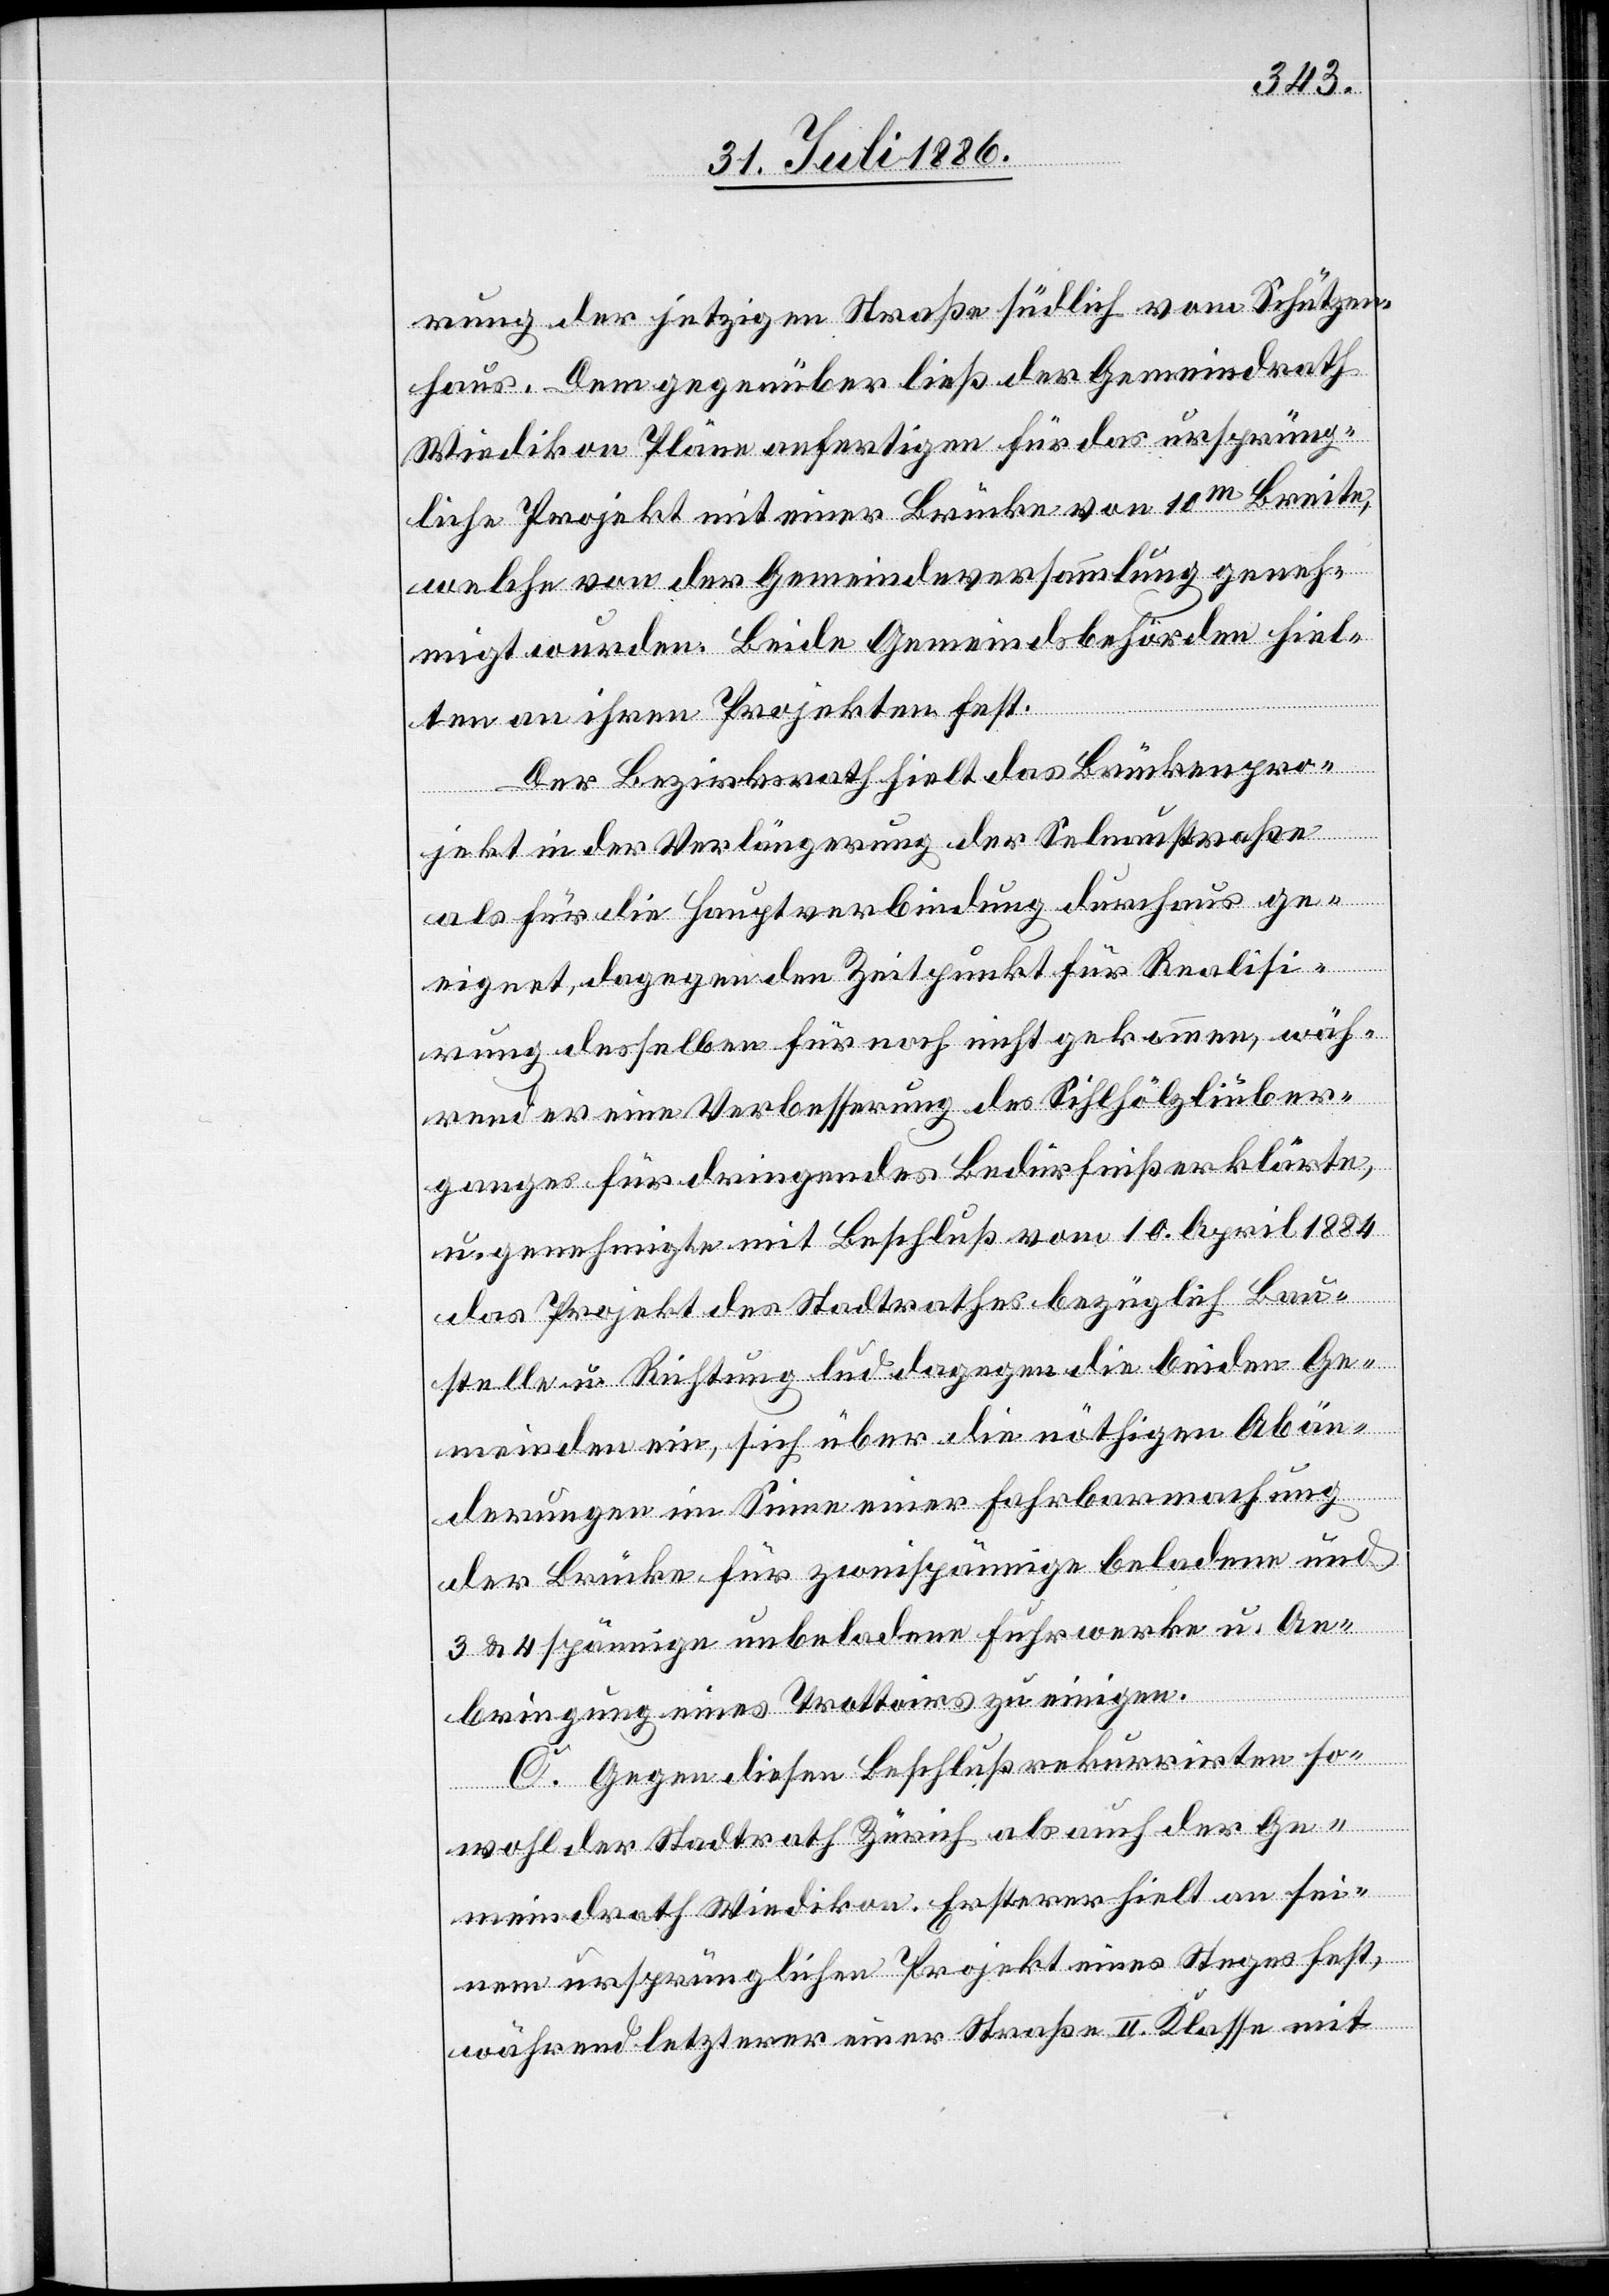
rung der jetzigen Straße südlich vom Schützen¬
haus. Dem gegenüber ließ der Gemeindrath
Wiedikon Pläne anfertigen für das ursprüng¬
liche Projekt mit einer Brücke von 10m Breite,
welche von der Gemeindeversammlung geneh¬
migt wurden. Beide Gemeindsbehörden hiel¬
ten an ihren Projekten fest.
Der Bezirksrath hielt das Brückenpro¬
jekt in der Verlängerung der Selnaustraße
als für die Hauptverbindung durchaus ge¬
eignet, dagegen den Zeitpunkt für Realisie¬
rung desselben für noch nicht gekommen, wäh¬
rend er eine Verbesserung des Sihlhölzliüber¬
ganges für dringendes Bedürfniß erklärte,
genehmigte mit Beschluß vom 10. April 1884
das Projekt des Stadtrathes bezüglich Bau¬
stelle u. Richtung[,] lud dagegen die beiden Ge¬
meinden ein, sich über die nöthigen Abän¬
derungen im Sinne einer Fahrbarmachung
der Brücke für zweispännige beladene und
3 & 4spännige unbeladene Fuhrwerke u. An¬
bringung eines Trottoirs zu einigen.
C. Gegen diesen Beschluß rekurrirten so¬
wohl der Stadtrath Zürich als auch der Ge¬
meindrath Wiedikon. Ersterer hielt an sei¬
nem ursprünglichen Projekt eines Steges fest,
während letzterer einer Straße II. Klasse mit